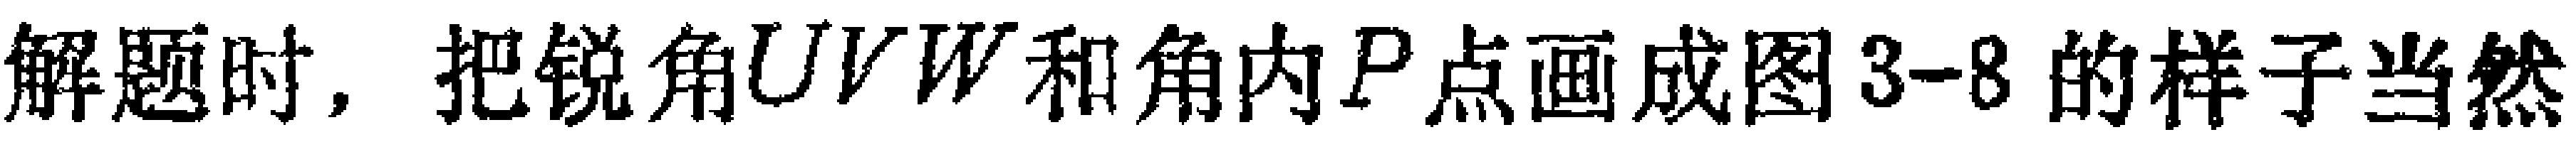
解题时，把锐角\(UVW\)和角内\(P\)点画成图3-8的样子当然